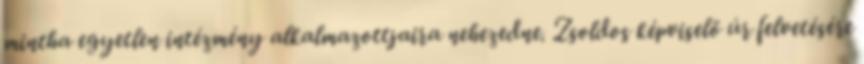
mintha egyetlen intézmény alkalmazottjaira nehezedne. Zsoldos képviselő úr felvetésére